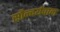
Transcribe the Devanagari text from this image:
सौन्दर्यवान